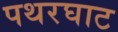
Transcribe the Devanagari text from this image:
पथरघाट